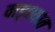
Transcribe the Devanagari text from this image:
वाड्श्यात